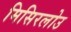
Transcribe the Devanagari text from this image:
मिसिरलोउ